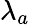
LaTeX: \lambda_{a}